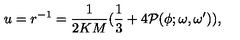
u = r ^ { - 1 } = { \frac { 1 } { 2 K M } } ( { \frac { 1 } { 3 } } + 4 { \cal P } ( \phi ; \omega , \omega ^ { \prime } ) ) ,